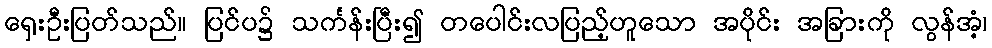
ရှေးဦးပြတ်သည်။ ပြင်ပ၌ သင်္ကန်းပြီး၍ တပေါင်းလပြည့်ဟူသော အပိုင်း အခြားကို လွန်အံ့၊